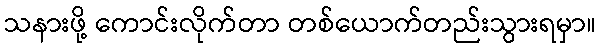
သနားဖို့ ကောင်းလိုက်တာ တစ်ယောက်တည်းသွားရမှာ။